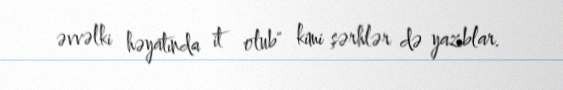
əvvəlki həyatında it olub" kimi şərhlər də yazıblar.